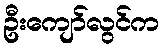
ဦးကျော်လွင်က